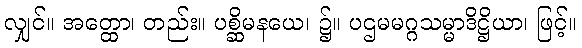
လျှင်။ အတ္ထော၊ တည်း။ ပစ္ဆိမနယေ၊ ၌။ ပဌမမဂ္ဂသမ္မာဒိဋ္ဌိယာ၊ ဖြင့်။